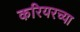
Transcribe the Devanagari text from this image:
करियरच्या